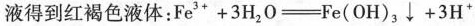
液得到红褐色液体：$$F e ^ { 3 + } + 3 H _ { 2 } O = F e ( O H ) _ { 3 } \downarrow + 3 H ^ { + }$$